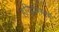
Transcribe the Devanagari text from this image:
हरिद्वारमार्गे